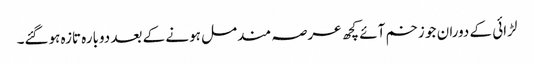
لڑائی کے دوران جو زخم آئے کچھ عرصہ مندمل ہونے کے بعد دوبارہ تازہ ہوگئے۔